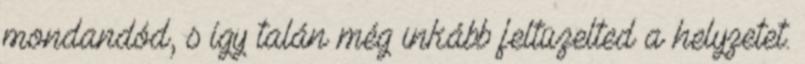
mondandód, s így talán még inkább feltüzelted a helyzetet.